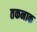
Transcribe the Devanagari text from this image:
तकनाक